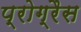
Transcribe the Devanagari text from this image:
प्रोग्रैस